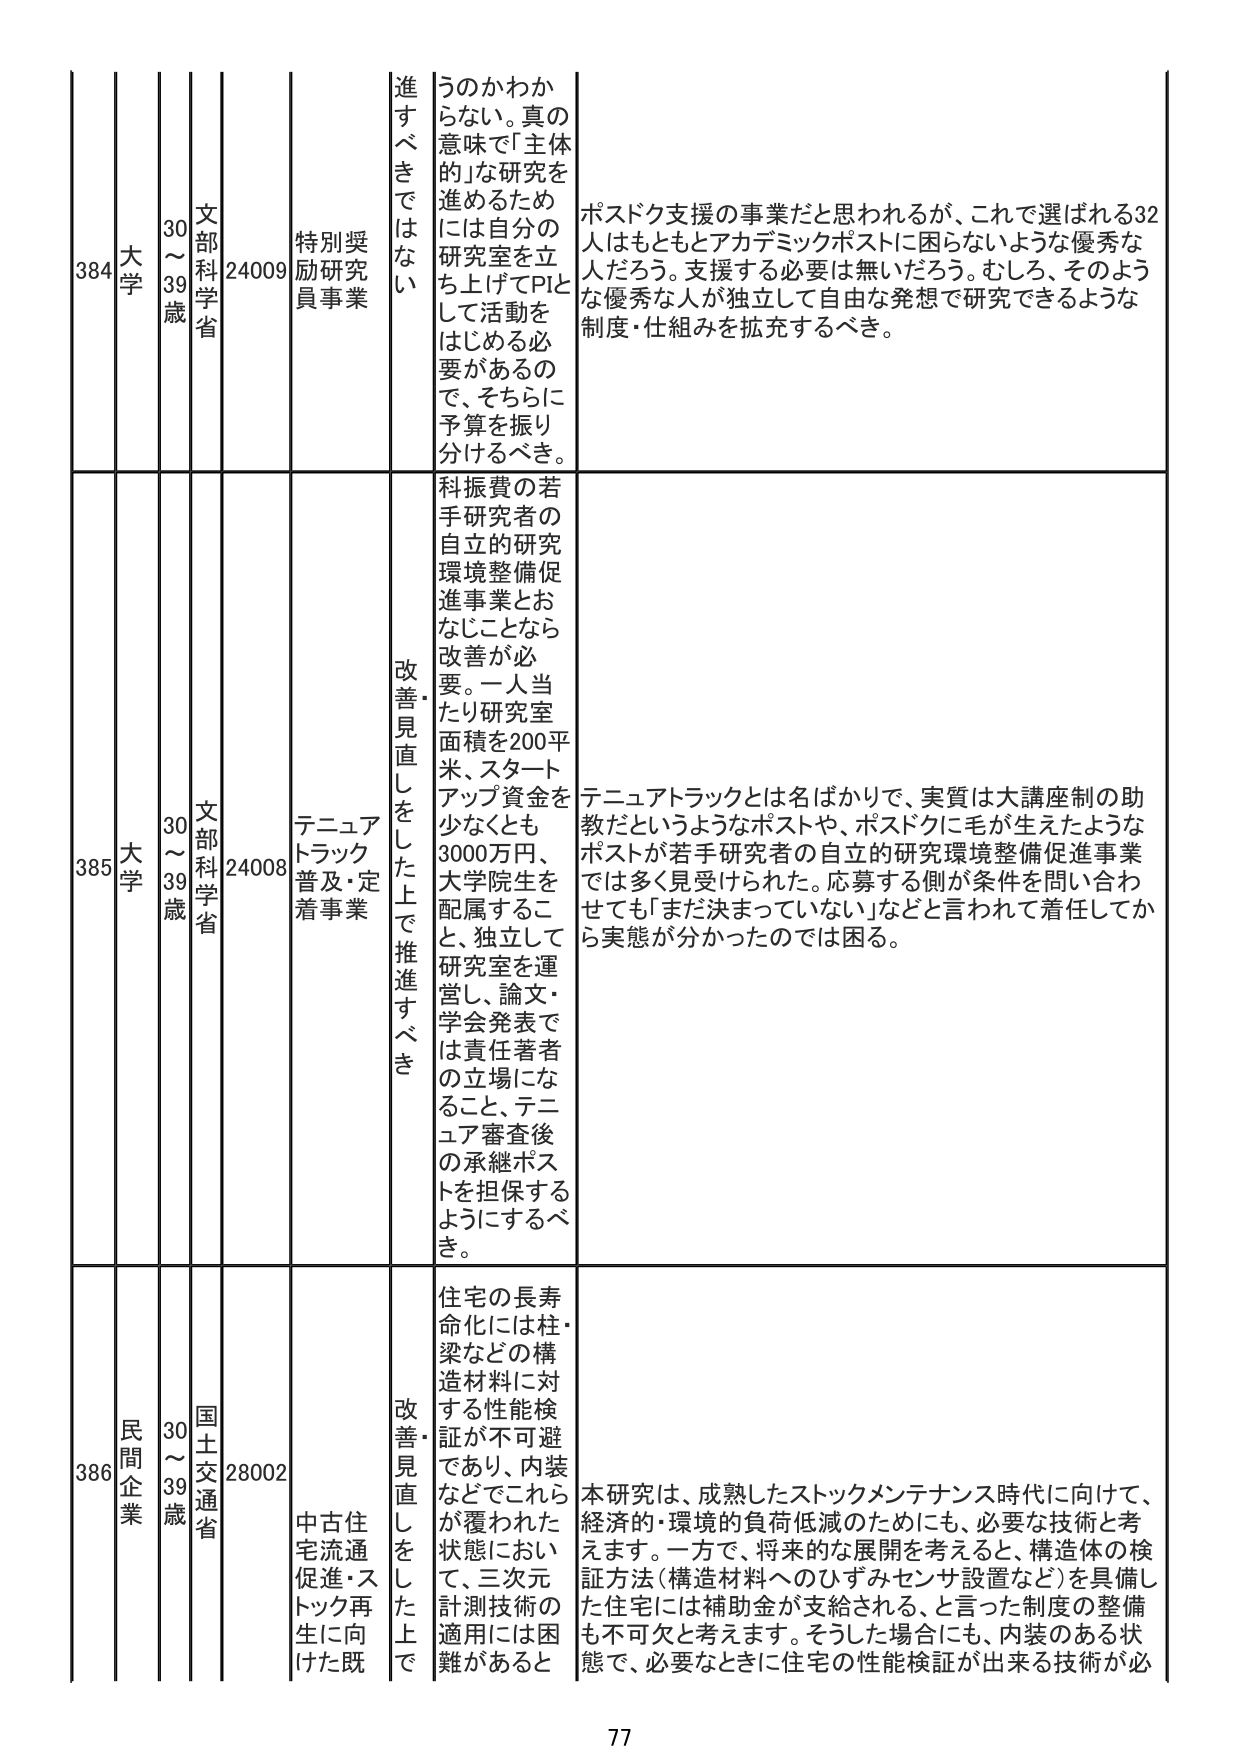
384 大学 30～39歳 文部科学省 24009 特別奨励研究員事業 進すべきではない うのかわからない。真の意味で「主体的」な研究を進めるためには自分の研究室を立ち上げてPIとして活動をはじめめる必要があるので、そちらに予算を振り分けるべき。 ポスドク支援の事業だと思われるが、これで選ばれる32人はもともとアカデミックポストに困らないような優秀な人だろう。支援する必要は無いだろう。むしろ、そのような優秀な人が独立して自由な発想で研究できるような制度・仕組みを拡充するべき。

385 大学 30～39歳 文部科学省 24008 テニュアトラック普及・定着事業 改善・見直しをした上で推進すべき 科振費の若手研究者の自立的研究環境整備促進事業とおなじことなら改善が必要。一人当たり研究室面積を200平米、スタートアップ資金を少なくとも3000万円、大学院生を配属すること、独立して研究室を運営し、論文・学会発表では責任著者での立場になること、テニュア審査後の承継ポストを担保するようにするべき。 テニュアトラックとは名ばかりで、実質は大講座制の助教だというようなポストや、ポスドクに毛が生えたようなポストが若手研究者の自立的研究環境整備促進事業では多く見受けられた。応募する側が条件を問い合わせても「まだ決まっていない」などと言われて着任してから実態が分かったのでは困る。

386 民間企業 30～39歳 国土交通省 28002 中古住宅流通促進・ストック再生に向けた既 改善・見直しをした上で 住宅の長寿命化には柱・梁などの構造材料に対する性能検証が不可避であり、内装などでこれらが覆われた状態において、三次元計測技術の適用には困難があると 本研究は、成熟したストックメンテナンス時代に向けて、経済的・環境的負荷低減のためにも、必要な技術と考えます。一方で、将来的な展開を考えると、構造体の検証方法（構造材料へのひずみセンサ設置など）を具備した住宅には補助金が支給される、と言った制度の整備も不可欠と考えます。そうした場合にも、内装のある状態で、必要なときに住宅の性能検証が出来る技術が必

77